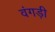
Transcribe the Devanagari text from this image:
वंगड़ी